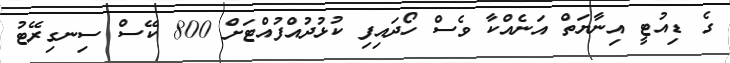
ގެ ޑިއުޓީ އިނާޔަތް އަނެއްކާ ވެސް ހޯދައިފި ކުޅުދުއްފުއްޓަށް 800 ކޭސް ސިނގިރޭޓު